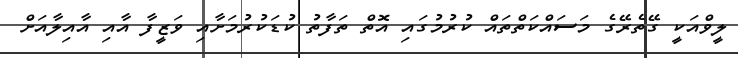
ލީވްއަކީ ގޭތެރޭގެ މަސައްކަތްތައް ކުރުމުގައި އޮތް ތަފާތު ކުޑަކުރުމަށާއި ވަޒީފާ އާއި އާއިލާއަށް